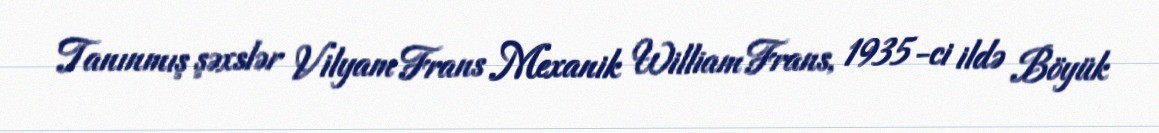
Tanınmış şəxslər Vilyam Frans Mexanik William Frans, 1935-ci ildə Böyük